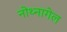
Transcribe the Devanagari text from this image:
नोथ्नागेल